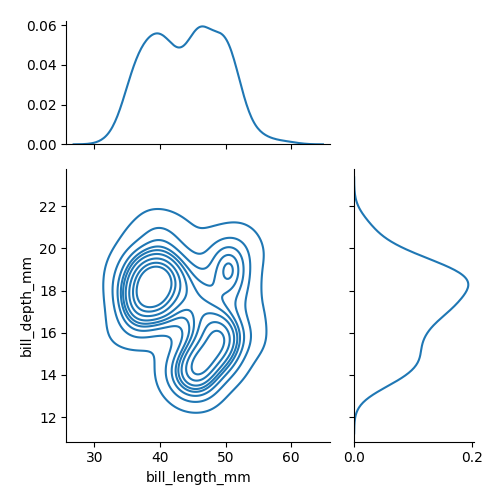
python, seaborn, jointplot, kind='kde', height='5', ratio='2', marginal_ticks='True'